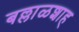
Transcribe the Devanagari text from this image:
बल्लाळशाह